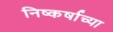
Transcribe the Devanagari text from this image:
निष्कर्षाच्या